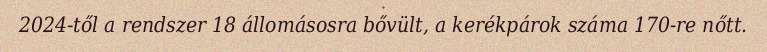
2024-től a rendszer 18 állomásosra bővült, a kerékpárok száma 170-re nőtt.